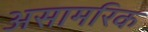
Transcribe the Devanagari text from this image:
असामरिक